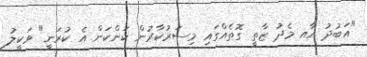
"އަބުދު އާއ މެދު ޒާތީ ގޮތެއްގައި މިސަރުކާރުން ކަންކަން އެ ކުރަނީ" ވަކީލު